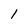
Character: 1